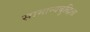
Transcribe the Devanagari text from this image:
सामान्यबुद्धिता